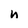
Character: n